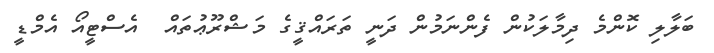
ބަލާލި ކޮންމެ ދިމާލަކުން ފެންނަމުން ދަނީ ތަރައްޤީގެ މަޝްރޫޢުތައް  އެސްޓީއޯ އެމްޑީ